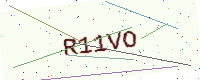
Text: R11VO